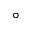
^ { \circ }